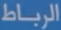
الرباط